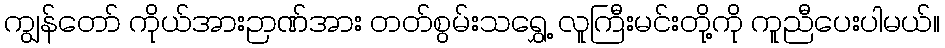
ကျွန်တော် ကိုယ်အားဉာဏ်အား တတ်စွမ်းသရွှေ့ လူကြီးမင်းတို့ကို ကူညီပေးပါမယ်။